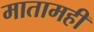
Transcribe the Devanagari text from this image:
मातामही